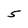
Character: 5